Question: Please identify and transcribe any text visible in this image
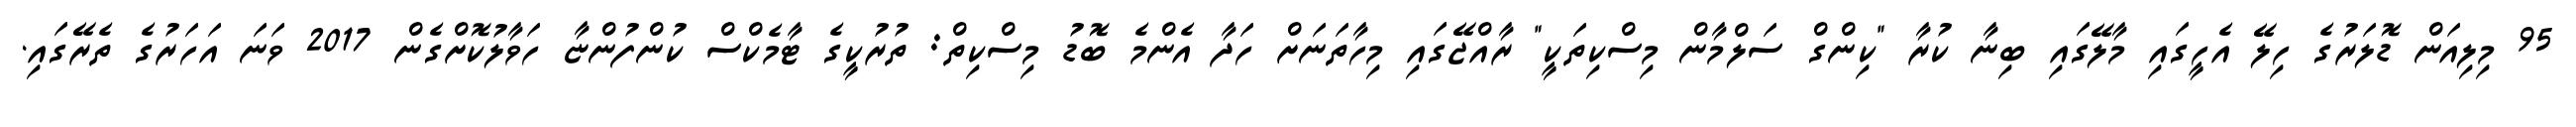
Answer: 95 މިލިއަން ޑޮލަރުގެ ހިލޭ އެހީގައި މާލޭގައި ބިނާ ކުރާ "ކިންގް ސަލްމާން މިސްކިތަކީ" ރާއްޖޭގައި މިހާތަނަށް ހަދާ އެންމެ ބޮޑު މިސްކިތް: ތުރުކީގެ ޓާމެކްސް ކުންފުންޏާ ހަވާލުކޮށްގެން 2017 ވަނަ އަހަރުގެ ތެރޭގައި.